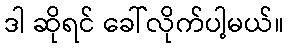
ဒါ ဆိုရင် ခေါ်လိုက်ပါ့မယ်။